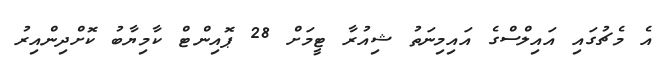
އެ މެޗުގައި އައިލްސްގެ އައިމިނަތު ޝިއުރާ ޓީމަށް 28 ޕޮއިންޓް ކާމިޔާބު ކޮށްދިންއިރު